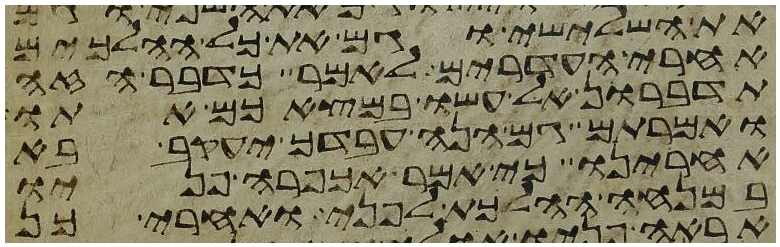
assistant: את השלישי וגם את כל ההלכים
אחרי העדרים לאמר כדבר הזה
תדברון אל עשו במצאכם אתו
ואמרתם גם הנה עבדך יעקב בא
אחרינו כי אמר אכפרה פניו
במנחה ההלכת לפני ואחרי כן